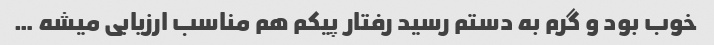
خوب بود و گرم به دستم رسید رفتار پیکم هم مناسب ارزیابی میشه …